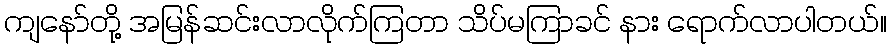
ကျနော်တို့ အမြန်ဆင်းလာလိုက်ကြတာ သိပ်မကြာခင် နား ရောက်လာပါတယ်။